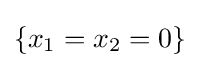
\{x_{1}=x_{2}=0\}